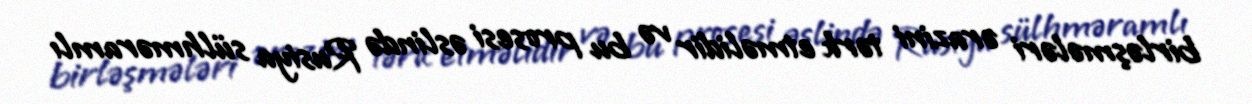
birləşmələri ərazini tərk etməlidir və bu prosesi əslində Rusiya sülhməramlı